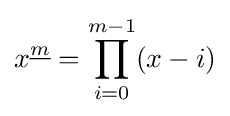
x^{\underline {m}}=\prod _{i=0}^{m-1}(x-i)